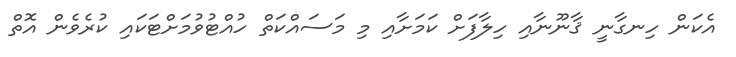
އެކަން ހިނގާނީ ޤާނޫނާއި ހިލާފަށް ކަމަށާއި މި މަސައްކަތް ހުއްޓުވުމަށްޓަކައި ކުރެވެން އޮތް